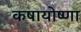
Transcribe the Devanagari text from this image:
कषायोष्णा